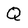
Character: Q